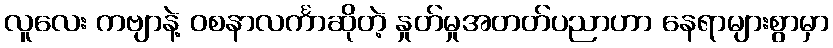
လူလေး ကဗျာနဲ့ ဝစနာလင်္ကာဆိုတဲ့ နှုတ်မှုအတတ်ပညာဟာ နေရာများစွာမှာ